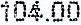
104.00